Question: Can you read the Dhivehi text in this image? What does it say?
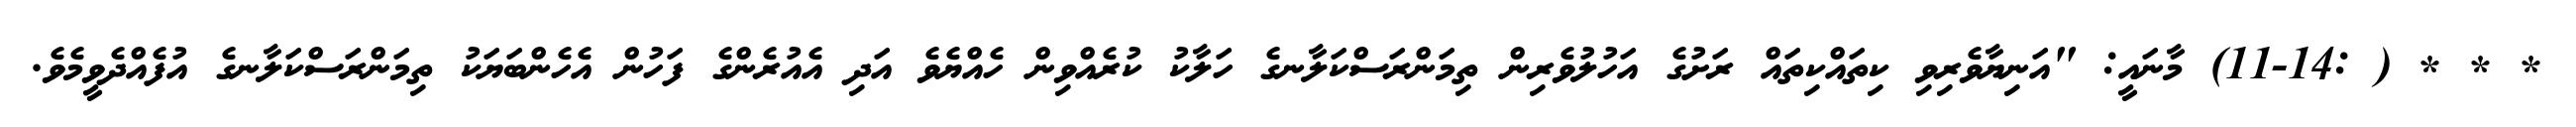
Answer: * * * ( :11-14) މާނައީ: "އަނިޔާވެރިވި ކިތައްކިތައް ރަށުގެ އަހުލުވެރިން ތިމަންރަސްކަލާނގެ ހަލާކު ކުރެއްވިން ހެއްޔެވެ އަދި އެއުރެންގެ ފަހުން އެހެންބަޔަކު ތިމަންރަސްކަލާނގެ އުފެއްދެވީމެވެ.